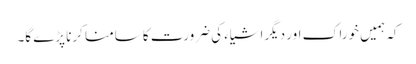
کہ ہمیں خوراک اور دیگراشیاء کی ضرورت کا سامنا کرنا پڑے گا۔